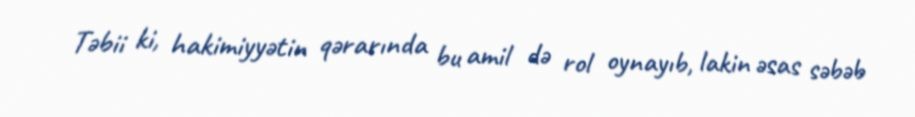
Təbii ki, hakimiyyətin qərarında bu amil də rol oynayıb, lakin əsas səbəb